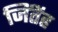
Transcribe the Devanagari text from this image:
जिंतेंह